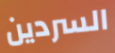
السردين